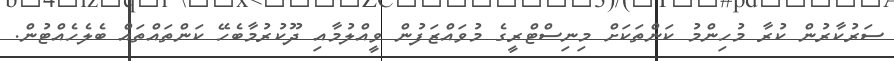
ސަރުކާރުން ކުރާ މުހިންމު ކަންތަކަށް މިނިސްޓްރީގެ މުވައްޒަފުން ވީއްލުމާއި ދޫކުރުމާބެހޭ ކަންތައްތައް ބެލެހެއްޓުން.